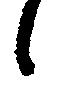
候